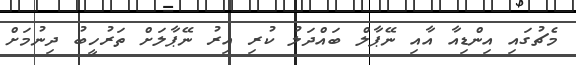
މެޗުގައި އިންޑިއާ އާއި ނޭޕާލް ބައްދަލު ކުރި އިރު ނޭޕާލަށް ތަރުހީބު ދިނުމަށް